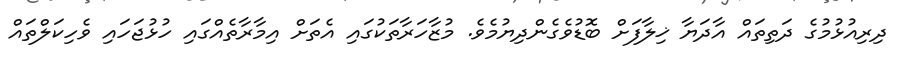
ދިރިއުޅުމުގެ ދަތިތައް އާދަޔާ ޚިލާފަށް ބޮޑުވެގެންދިޔުމެވެ. މުޒާހަރާތަކުގައި އެތަށް އިމާރާތެއްގައި ހުޅުޖަހައި ވެހިކަލްތައް